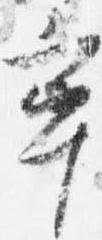
率